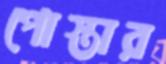
পোস্তার